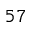
^ { 5 7 }